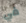
في